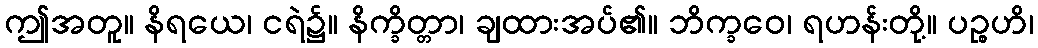
ဤအတူ။ နိရယေ၊ ငရဲ၌။ နိက္ခိတ္တာ၊ ချထားအပ်၏။ ဘိက္ခဝေ၊ ရဟန်းတို့။ ပဉ္စဟိ၊